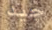
جيد